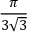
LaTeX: \frac { \pi } { 3 { \sqrt { 3 } } }